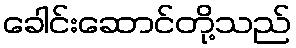
ခေါင်းဆောင်တို့သည်